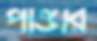
পান্ডার